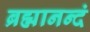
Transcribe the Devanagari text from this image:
ब्रह्मानन्दं